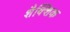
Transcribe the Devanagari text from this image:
शैक्शिक